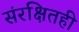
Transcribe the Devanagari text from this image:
संरक्षितही